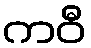
ကဝီ